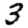
Digit: 3